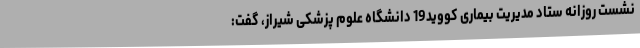
نشست روزانه ستاد مدیریت بیماری کووید19 دانشگاه علوم پزشکی شیراز، گفت: